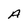
Character: A